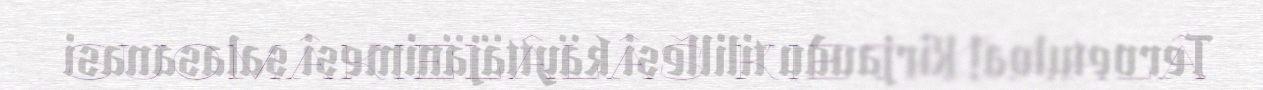
SUOMÂKIELÂLÂŠ KIETÂČAALÂ